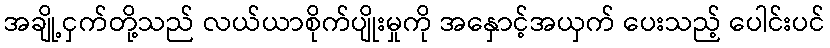
အချို့ငှက်တို့သည် လယ်ယာစိုက်ပျိုးမှုကို အနှောင့်အယှက် ပေးသည့် ပေါင်းပင်